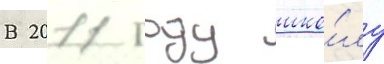
В 2011 году шко́лу